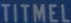
TITMEL